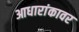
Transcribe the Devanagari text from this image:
आधारांकावर